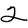
Character: 2